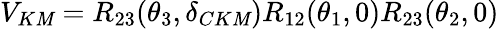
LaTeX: V_{K\mathit{M}}=R_{23}(\theta_{3},\delta_{CK\mathit{M}})R_{12}(\theta_{1},0)R_{23}(\theta_{2},0)